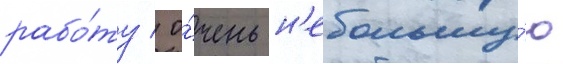
рабо́ту / о́чень н'ебольшу́ю